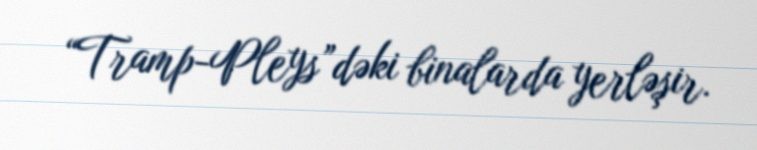
“Tramp-Pleys”dəki binalarda yerləşir.